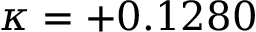
\kappa = + 0 . 1 2 8 0